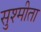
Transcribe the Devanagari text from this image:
सुश्मीता